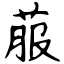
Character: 菔